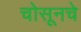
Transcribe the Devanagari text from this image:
चोसूनचे